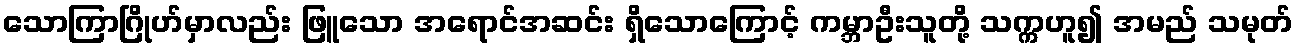
သောကြာဂြိုဟ်မှာလည်း ဖြူသော အရောင်အဆင်း ရှိသောကြောင့် ကမ္ဘာဦးသူတို့ သက္ကဟူ၍ အမည် သမုတ်